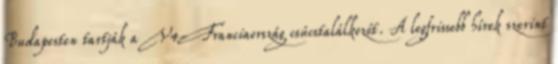
Budapesten tartják a V4-Franciaország csúcstalálkozót. A legfrissebb hírek szerint